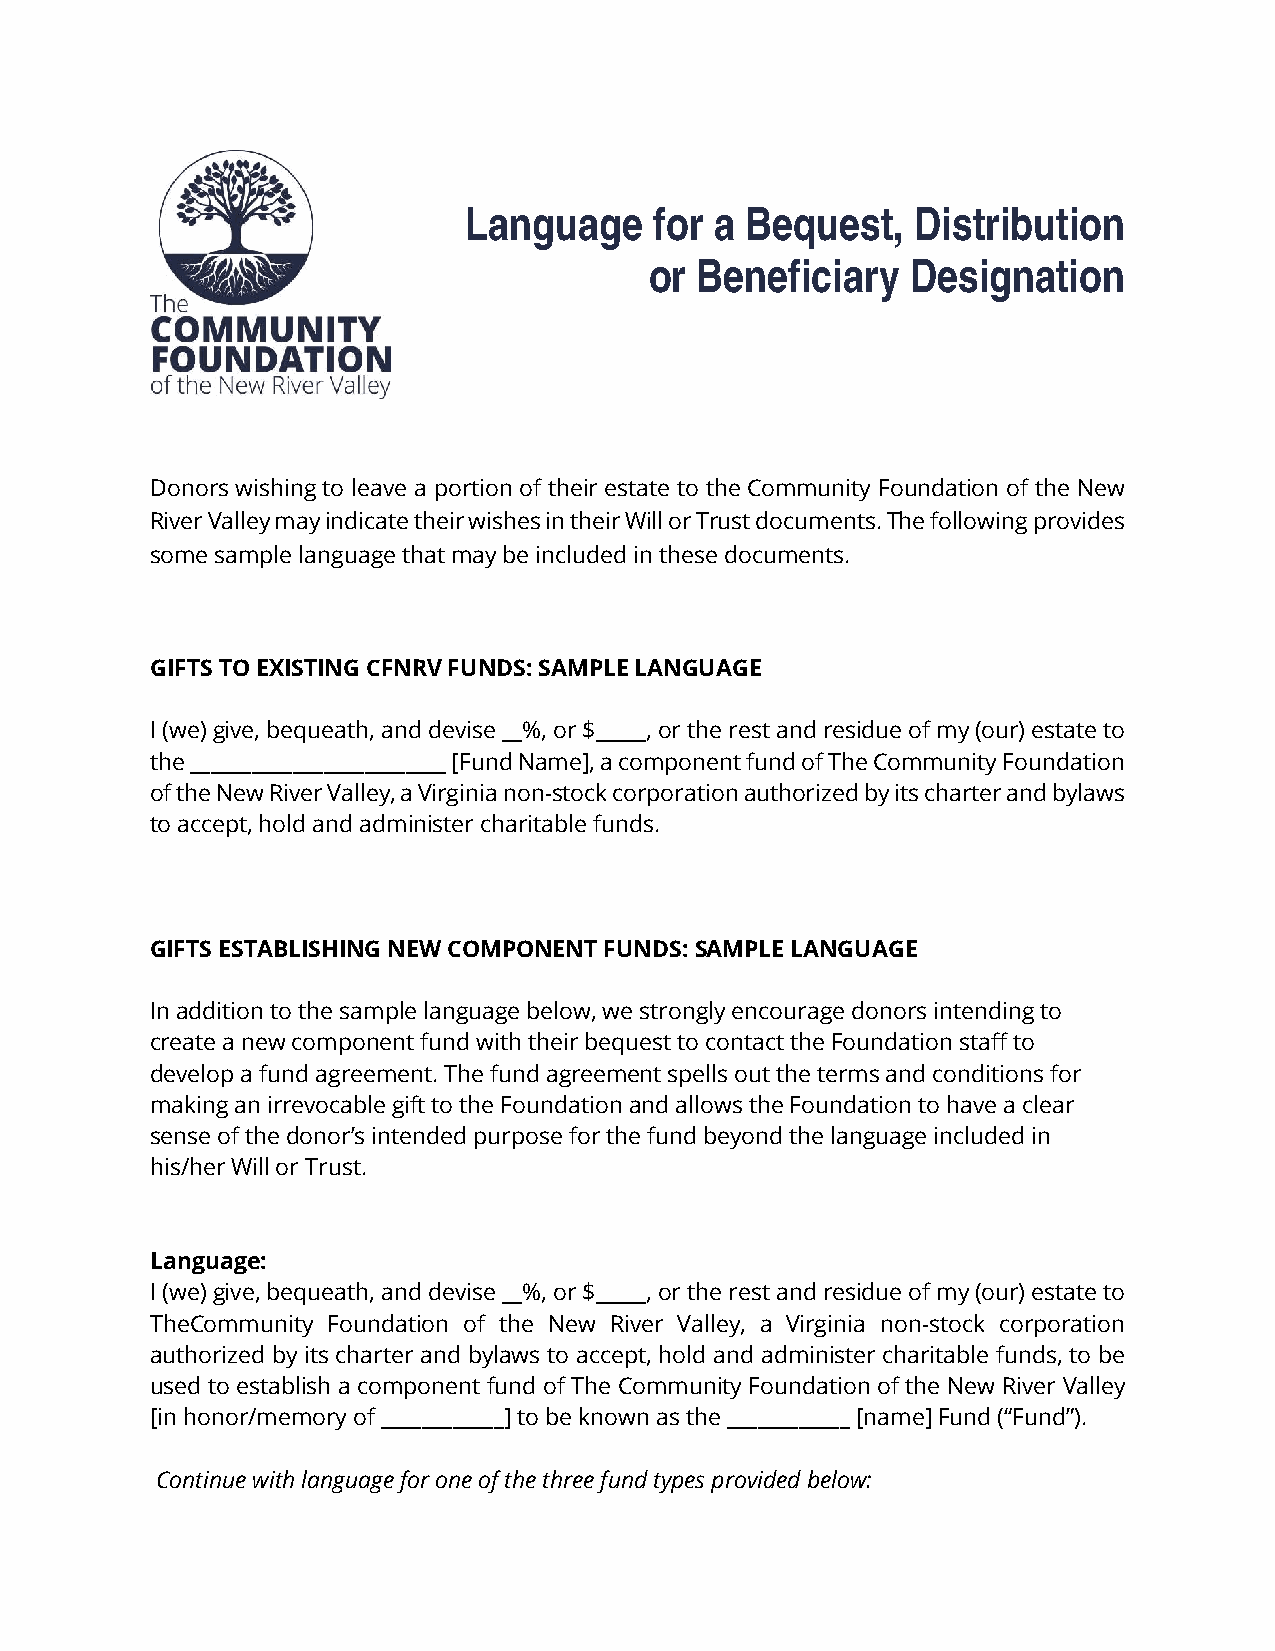
Language    for a Bequest,    Distribution
 or Beneficiary   Designation
 Donors wishing to leave a portion of their estate to the Community Foundation of the New
 River Valley may indicate their wishes in their Will or Trust documents. The following provides
 some sample language that may be included in these documents.
 GIFTS TO EXISTING CFNRV FUNDS: SAMPLE LANGUAGE
 I (we) give, bequeath, and devise __%, or $_____, or the rest and residue of my (our) estate to
 the _________________________ [Fund Name], a component fund of The Community Foundation
 of the New River Valley, a Virginia non-stock corporation authorized by its charter and bylaws
 to accept, hold and administer charitable funds.
 GIFTS ESTABLISHING NEW COMPONENT FUNDS: SAMPLE LANGUAGE
 In addition to the sample language below, we strongly encourage donors intending to
 create a new component fund with their bequest to contact the Foundation staff to
 develop a fund agreement. The fund agreement spells out the terms and conditions for
 making an irrevocable gift to the Foundation and allows the Foundation to have a clear
 sense of the donor’s intended purpose for the fund beyond the language included in
 his/her Will or Trust.
 Language:
 I (we) give, bequeath, and devise __%, or $_____, or the rest and residue of my (our) estate to
 TheCommunity Foundation of the New River Valley, a Virginia non-stock corporation
 authorized by its charter and bylaws to accept, hold and administer charitable funds, to be
 used to establish a component fund of The Community Foundation of the New River Valley
 [in honor/memory of ____________] to be known as the ____________ [name] Fund (“Fund”).
 Continue with language for one of the three fund types provided below: